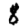
Digit: 8